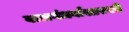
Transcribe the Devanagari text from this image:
बालगंधर्वांसारखी